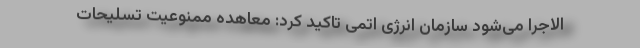
الاجرا می‌شود سازمان انرژی اتمی تاکید کرد: معاهده ممنوعیت تسلیحات